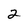
Character: 2